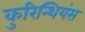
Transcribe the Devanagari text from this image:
कुरिन्थियंस